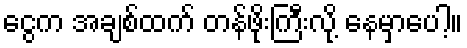
ငွေက အချစ်ထက် တန်ဖိုးကြီးလို့ နေမှာပေါ့။